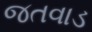
જતવાડ